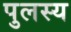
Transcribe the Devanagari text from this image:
पुलस्य